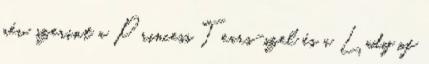
név szerint a Princess Tears-szel és a Lady of